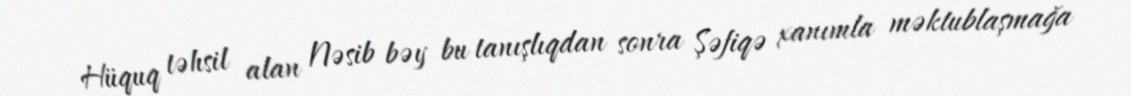
Hüquq təhsil alan Nəsib bəy bu tanışlıqdan sonra Şəfiqə xanımla məktublaşmağa